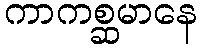
ကာကစ္ဆမာနေ